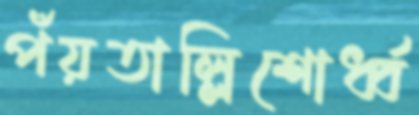
পঁয়তাল্লিশোর্ধ্ব